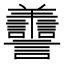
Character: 𦏯